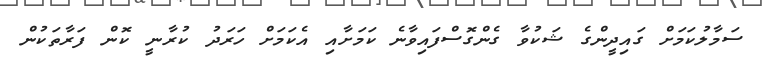
ސަމާލުކަމަށް ގައިދީންގެ ޝަކުވާ ގެންގޮސްފައިވާނެ ކަމަށާއި އެކަމަށް ހަރަދު ކުރާނީ ކޮން ފަރާތަކުން